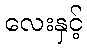
လေးနှင့်